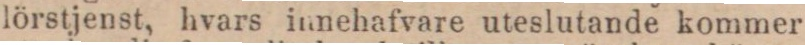
lörstjenst, hvars innehafvare uteslutande kommer